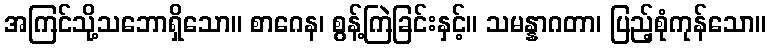
အကြင်သို့သဘောရှိသော။ စာဂေန၊ စွန့်ကြဲခြင်းနှင့်။ သမန္နာဂတာ၊ ပြည့်စုံကုန်သော။